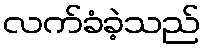
လက်ခံခဲ့သည်